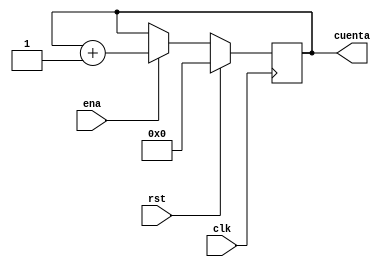
`timescale 1ns / 1ps


module Conta4b(rst, clk, ena, cuenta);

//Contador normal de largo variable, en este caso, 3 bits

parameter LARGO = 4;
input rst, clk, ena;
output reg [LARGO - 1:0]cuenta;

always @(posedge clk)
	if(rst)
		cuenta = 0;
	else if (ena)
		cuenta = cuenta + 1;
	else
		cuenta = cuenta;
	
	
endmodule